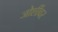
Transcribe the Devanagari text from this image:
जोशींवर